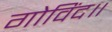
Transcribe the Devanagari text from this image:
गोविंद॥